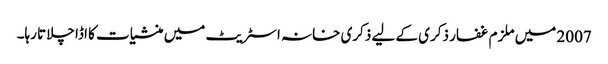
2007 میں ملزم غفار ذکری کے لیے ذکری خانہ اسٹریٹ میں منشیات کا اڈا چلاتا رہا۔